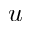
u